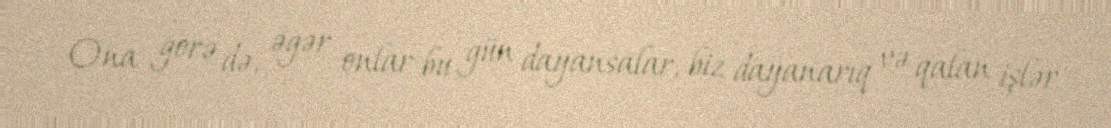
Ona görə də, əgər onlar bu gün dayansalar, biz dayanarıq və qalan işlər